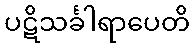
ပဋိသင်္ခါရာပေတိ